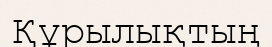
Құрылықтың